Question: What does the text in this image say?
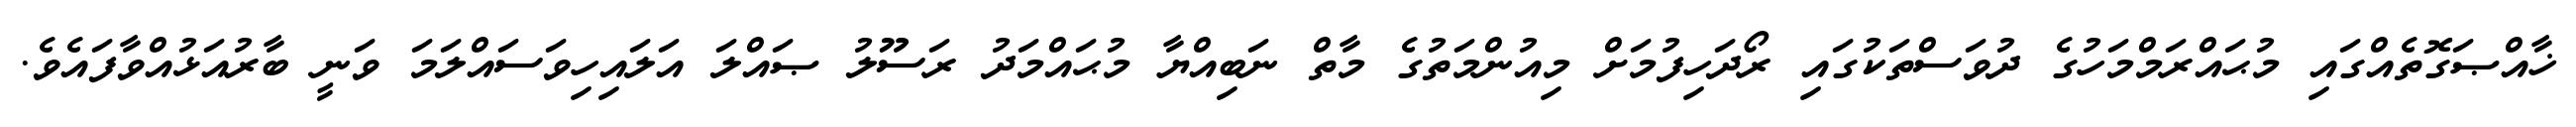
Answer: ޚާއްޞަގޮތެއްގައި މުޙައްރަމްމަހުގެ ދުވަސްތަކުގައި ރޯދަހިފުމަށް މިއުންމަތުގެ މާތް ނަބިއްޔާ މުޙައްމަދު ރަސޫލު ޞައްލަ އަލައިހިވަސައްލަމަ ވަނީ ބާރުއަޅުއްވާފައެވެ.